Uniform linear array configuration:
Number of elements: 4
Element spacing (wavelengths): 0.5
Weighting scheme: exponential
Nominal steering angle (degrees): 30
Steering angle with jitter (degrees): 30.75
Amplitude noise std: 0.05
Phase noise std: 0.05

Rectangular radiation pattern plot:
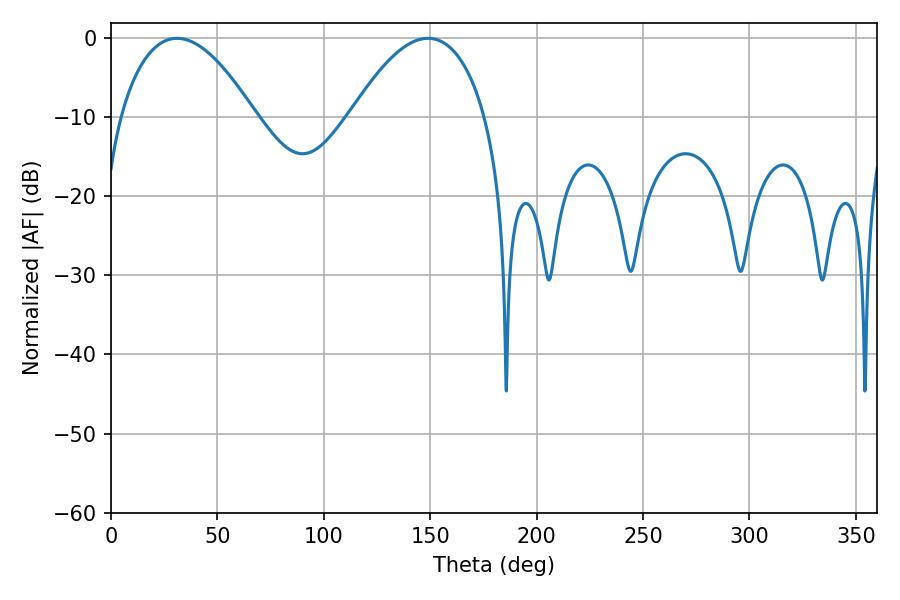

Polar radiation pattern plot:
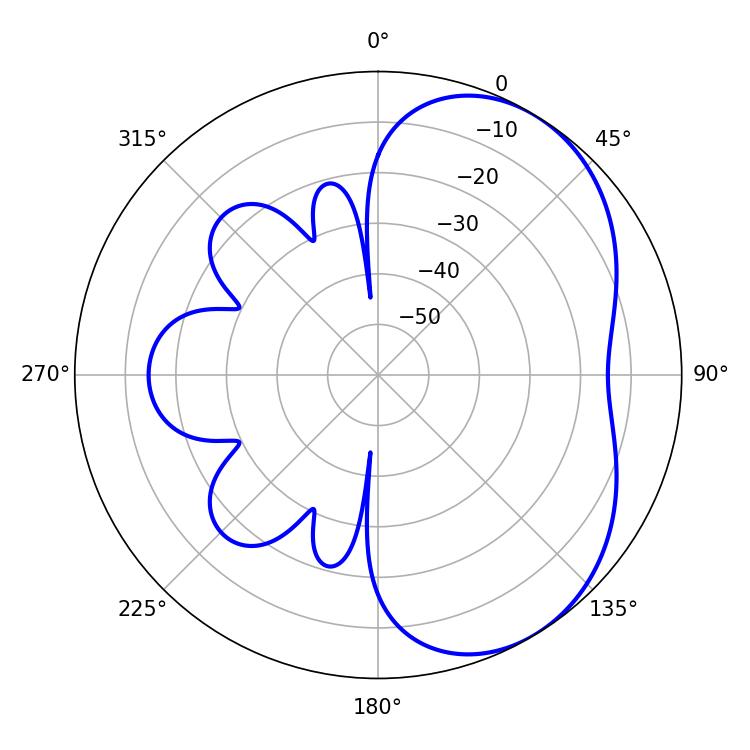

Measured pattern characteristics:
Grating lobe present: FALSE
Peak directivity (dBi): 4.536
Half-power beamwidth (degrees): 35.1
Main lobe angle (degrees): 30.96